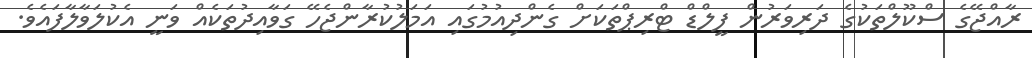
ރާއްޖޭގެ ސްކޫލްތަކުގެ ދަރިވަރުން ފީލްޑް ޓްރިޕްތަކަށް ގެންދިއުމުގައި އަމަލުކުރާންޖެހޭ ގަވާއިދުތަކެއް ވަނީ އެކުލަވާލާފައެވެ.